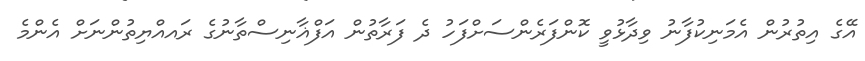
އޭގެ އިތުރުން އެމަނިކުފާނު ވިދާޅުވީ ކޮންފަރެންސަށްފަހު ދެ ފަރާތުން އަފްޣާނިސްތާނުގެ ރައއްޔިތުންނަށް އެންމެ